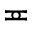
\eqcirc